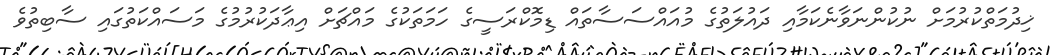
ޚިދުމަތްކުރުމަށް ނުކުންނަވާނެކަމާއި ދައުލަތުގެ މުއައްސަސާތައް ޑިމޮކްރަސީގެ ހަމަތަކުގެ މައްޗަށް އިޢާދަކުރުމުގެ މަސައްކަތުގައި ސާބިތުވެ